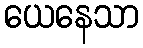
ယေနေသာ